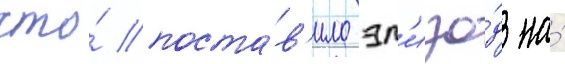
что́ поста́в'ило эп'изо́д на́